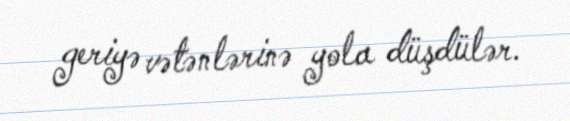
geriyə vətənlərinə yola düşdülər.